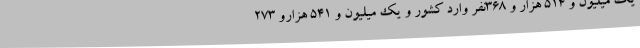
یک میلیون و 514 هزار و 368نفر وارد کشور و یک میلیون و 541 هزارو 273